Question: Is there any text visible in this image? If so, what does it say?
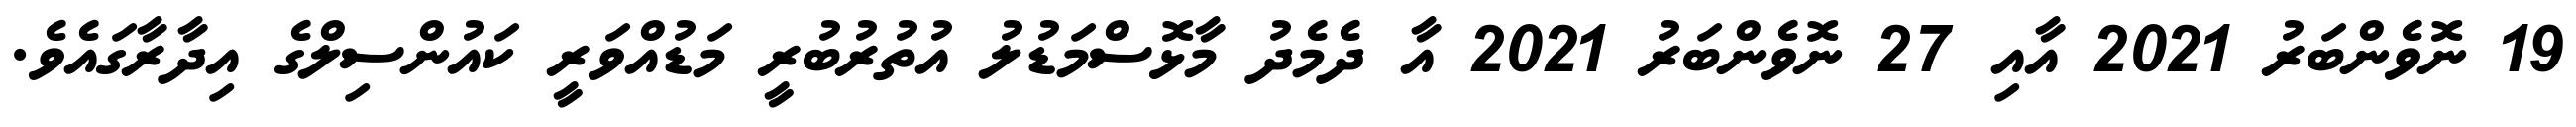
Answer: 19 ނޮވެންބަރު 2021 އާއި 27 ނޮވެންބަރު 2021 އާ ދެމެދު މާޅޮސްމަޑުލު އުތުރުބުރީ މަޑުއްވަރީ ކައުންސިލްގެ އިދާރާގައެވެ.